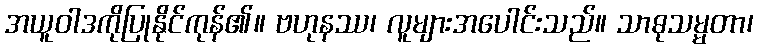
အယူဝါဒကိုပြုနိုင်ကုန်၏။ ဗဟုနဿ၊ လူများအပေါင်းသည်။ သာဓုသမ္မတာ၊